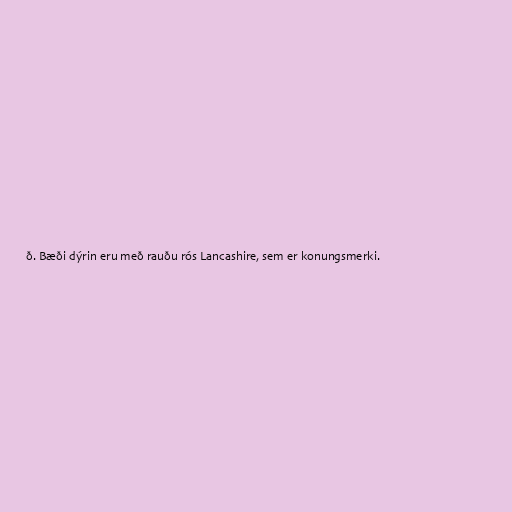
ð. Bæði dýrin eru með rauðu rós Lancashire, sem er konungsmerki.